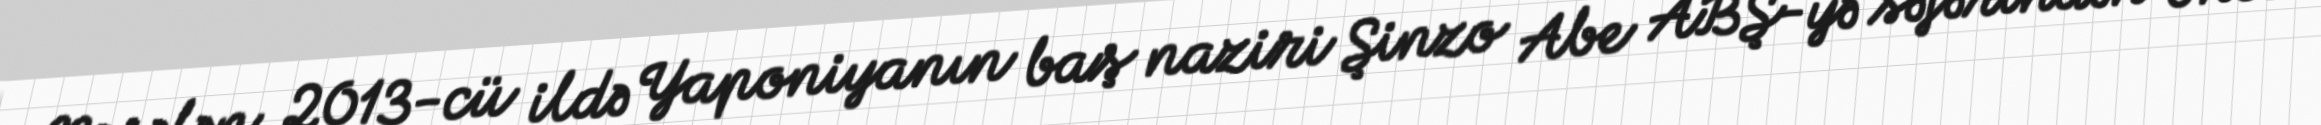
Məsələn, 2013-cü ildə Yaponiyanın baş naziri Şinzo Abe ABŞ-yə səfərindən öncə